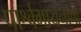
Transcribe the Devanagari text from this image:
पार्श्वगायनाचा